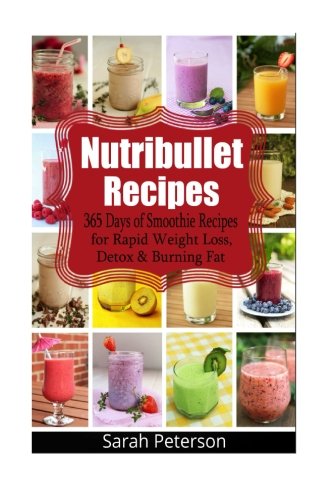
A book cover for Nutribullet Recipes: 365 Days of Smoothie Recipes for Rapid Weight Loss, Detox & Burning Fat; Sarah Peterson; Cookbooks, Food & Wine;